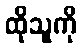
ထိုသူကို